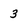
Character: 3